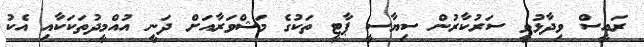
ރައީސް ވިދާޅުވީ ސަރުކާރުން ސިޔާސީ ޕާޓީ ތަކުގެ މަޝްވަރާއަށް ދަނީ އުއްމީދުތަކަކާއި އެކު